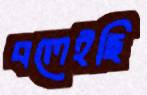
বলেইছি